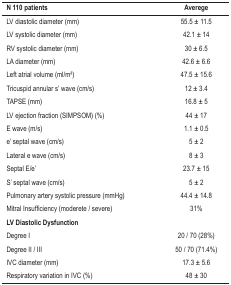
<table><thead><tr><td><b>N 110 patients</b></td><td><b>Averege</b></td></tr></thead><tbody><tr><td>LV diastolic diameter (mm)</td><td>55.5 ± 11.5</td></tr><tr><td>LV systolic diameter (mm)</td><td>42.1 ± 14</td></tr><tr><td>RV systolic diameter (mm)</td><td>30 ± 6.5</td></tr><tr><td>LA diameter (mm)</td><td>42.6 ± 6.6</td></tr><tr><td>Left atrial volume (ml/m2)</td><td>47.5 ± 15.6</td></tr><tr><td>Tricuspid annular s&#x27; wave (cm/s)</td><td>12 ± 3.4</td></tr><tr><td>TAPSE (mm)</td><td>16.8 ± 5</td></tr><tr><td>LV ejection fraction (SIMPSOM) (%)</td><td>44 ± 17</td></tr><tr><td>E wave (m/s)</td><td>1.1 ± 0.5</td></tr><tr><td>e&#x27; septal wave (cm/s)</td><td>5 ± 2</td></tr><tr><td>Lateral e wave (cm/s)</td><td>8 ± 3</td></tr><tr><td>Septal E/e&#x27;</td><td>23.7 ± 15</td></tr><tr><td>S&#x27; septal wave (cm/s)</td><td>5 ± 2</td></tr><tr><td>Pulmonary artery systolic pressure (mmHg)</td><td>44.4 ± 14.8</td></tr><tr><td>Mitral Insufficiency (moderete / severe)</td><td>31%</td></tr><tr><td><b>LV Diastolic Dysfunction</b></td><td> </td></tr><tr><td>Degree I</td><td>20 / 70 (28%)</td></tr><tr><td>Degree II / III</td><td>50 / 70 (71.4%)</td></tr><tr><td>IVC diameter (mm)</td><td>17.3 ± 5.6</td></tr><tr><td>Respiratory variation in IVC (%)</td><td>48 ± 30</td></tr></tbody></table>